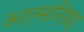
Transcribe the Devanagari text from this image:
आत्मनिग्रह